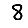
Digit: 8